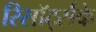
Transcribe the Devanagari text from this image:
रिसॉर्ट्सके